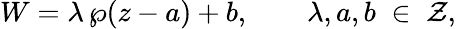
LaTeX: W=\lambda\, \wp(z-a)+b,\qquad\lambda,a,b\; \in\; {\cal Z},